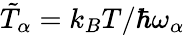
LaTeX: \tilde{T}_{\alpha}=k_{B}T/\hbar\omega_{\alpha}